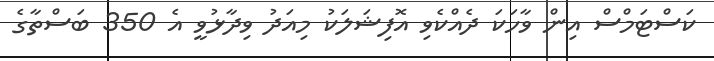
ކަސްޓަމްސް އިން ވާހަކަ ދެއްކެވި އޮފިޝަލަކު މިއަދު ވިދާޅުވީ އެ 350 ބަސްތާގެ